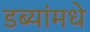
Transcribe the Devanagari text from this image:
डब्यांमधे